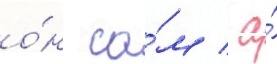
о́н са́м / а́